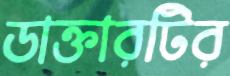
ডাক্তারটির